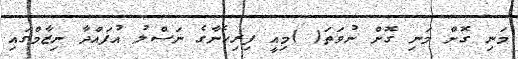
މަނި ގޮށް މަނި ގޮށް ނުވަތަ( )މިއީ ފިރިހެނާގެ ނަސްލު އުފައްދާ ނިޒާމްގައި